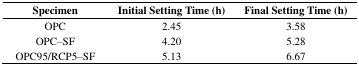
| Specimen | Initial Setting Time (h) | Final Setting Time (h) |
 | --- | --- | --- |
 | OPC | 2.45 | 3.58 |
 | OPC–SF | 4.20 | 5.28 |
 | OPC95/RCP5–SF | 5.13 | 6.67 |